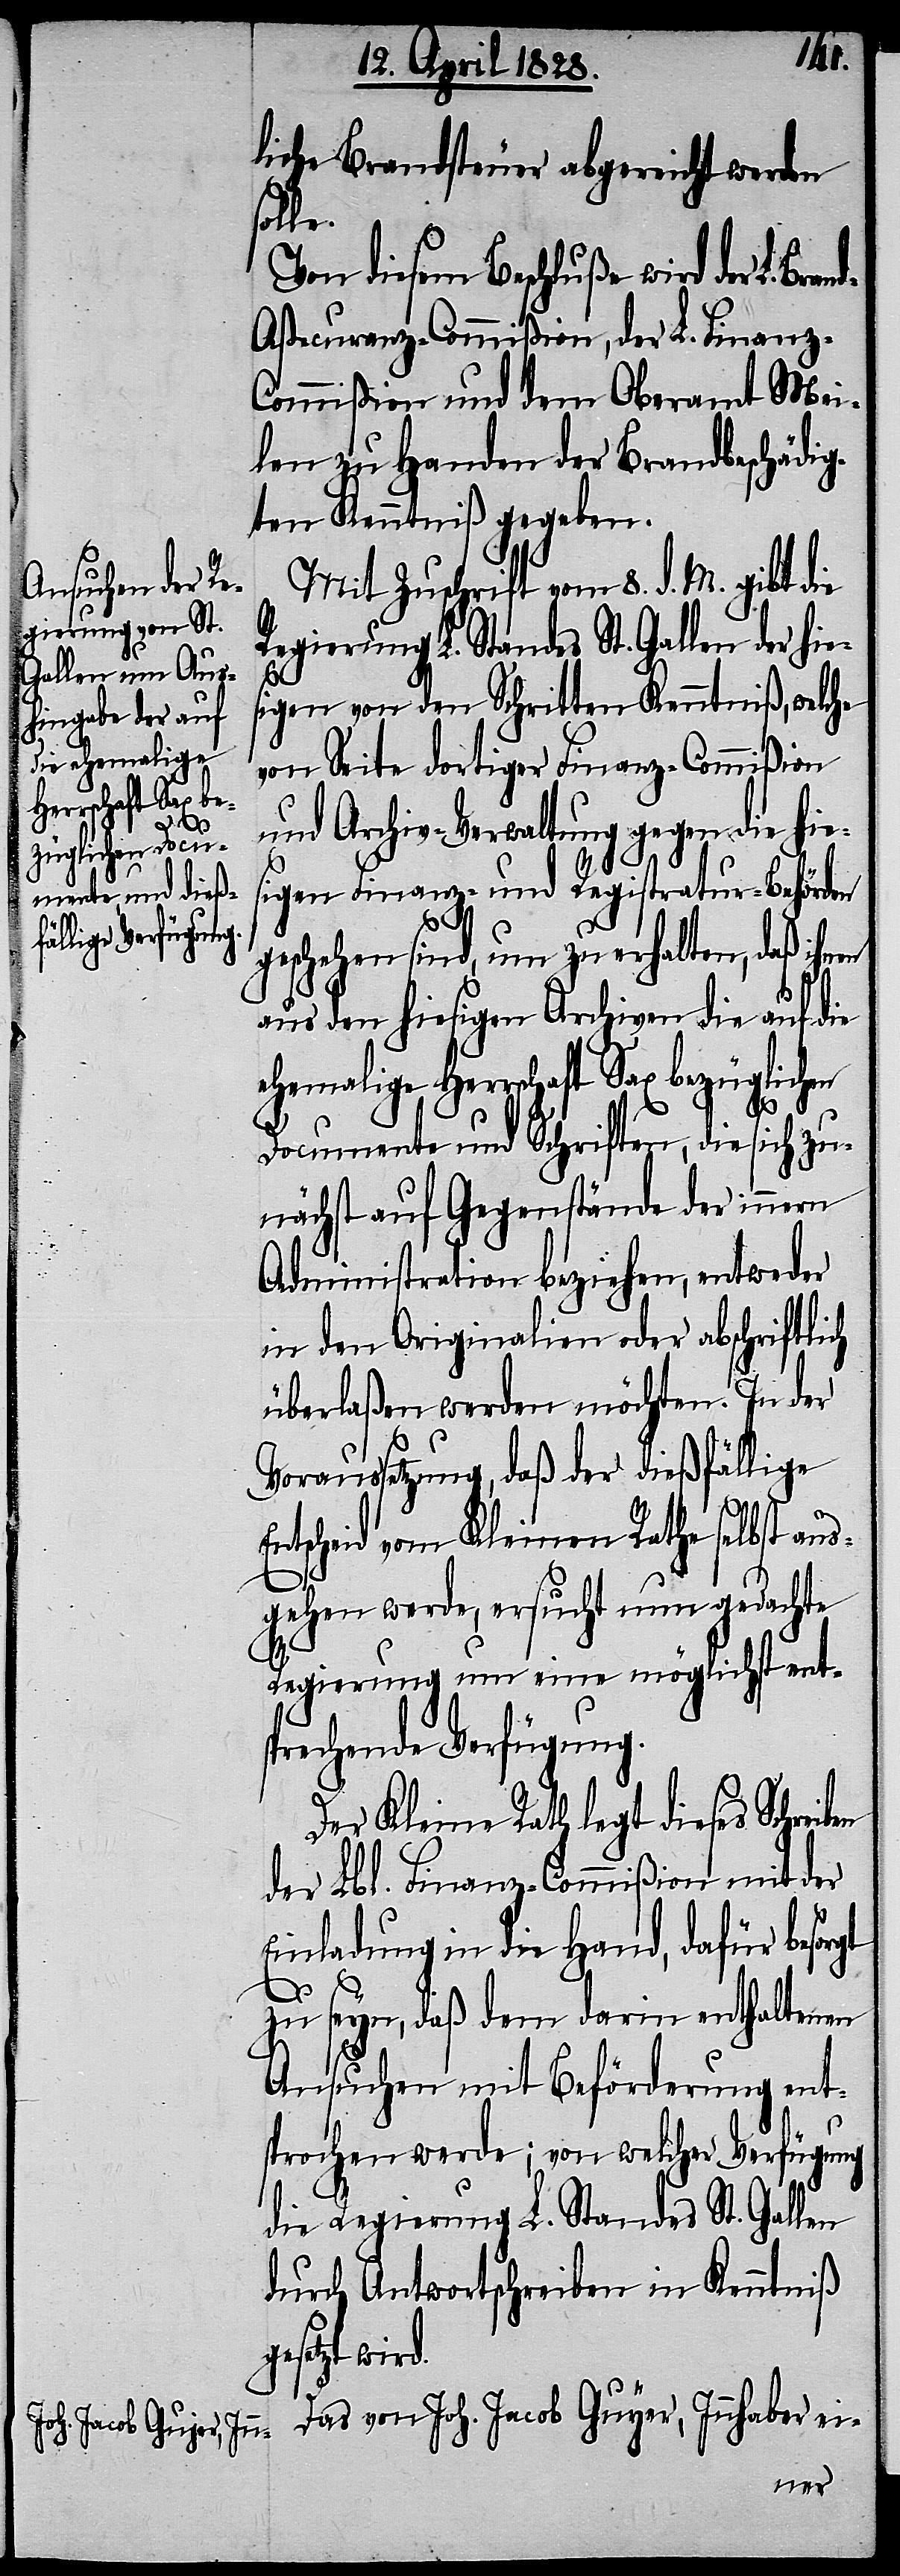
liche Brandsteuer abgereicht werden
olle.
Von diesem Beschluße wird der L. B¬
ßecuranz-Commißion, der L. Finanz-C¬
ommißion und dem Oberamt Mei¬
len zu Handen der Brandbeschädig¬
ten Kenntniß gegeben.
s¬
rand-A¬
Das von Joh. Jacob Guyer, Innhaber ei-